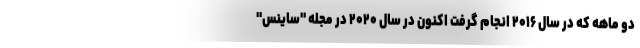
دو ماهه که در سال ۲۰۱۶ انجام گرفت اکنون در سال ۲۰۲۰ در مجله "ساینس"